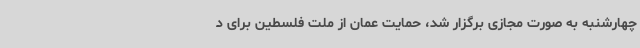
چهارشنبه به صورت مجازی برگزار شد، حمایت عمان از ملت فلسطین برای د